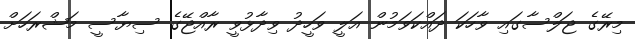
މިރޭގެ ޖަލްސާގައި ވާހަކަ ދައްކަވަމުން އަލީ ވަހީދު ވިދާޅުވީ ރާއްޖޭގެ ސިޔާސީ މަޝްރަހަށް